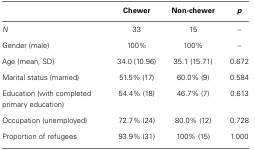
<table><thead><tr><td></td><td><b>Chewer</b></td><td><b>Non-chewer</b></td><td><b><i>p</i></b></td></tr></thead><tbody><tr><td><i>N</i></td><td>33</td><td>15</td><td>–</td></tr><tr><td>Gender (male)</td><td>100%</td><td>100%</td><td>–</td></tr><tr><td>Age (mean, SD)</td><td>34.0 (10.96)</td><td>35.1 (15.71)</td><td>0.672</td></tr><tr><td>Marital status (married)</td><td>51.5% (17)</td><td>60.0% (9)</td><td>0.584</td></tr><tr><td>Education (with completed primary education)</td><td>54.4% (18)</td><td>46.7% (7)</td><td>0.613</td></tr><tr><td>Occupation (unemployed)</td><td>72.7% (24)</td><td>80.0% (12)</td><td>0.728</td></tr><tr><td>Proportion of refugees</td><td>93.9% (31)</td><td>100% (15)</td><td>1.000</td></tr></tbody></table>